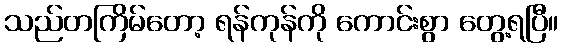
သည်တကြိမ်တော့ ရန်ကုန်ကို ကောင်းစွာ တွေ့ရပြီ။